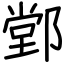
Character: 䣘